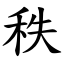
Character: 秩